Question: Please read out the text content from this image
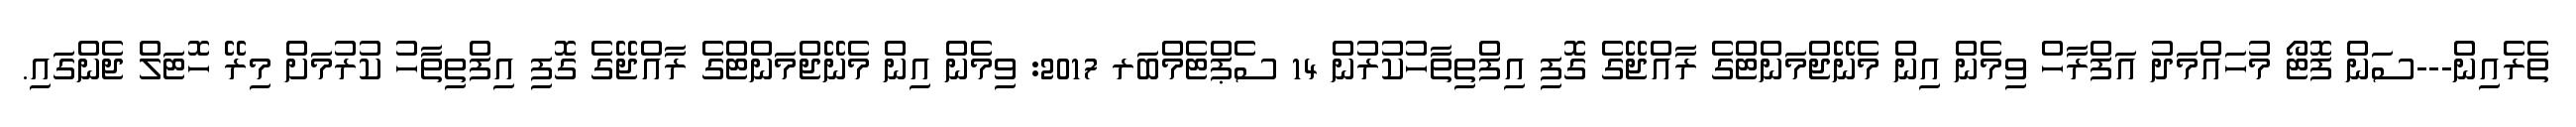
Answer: ތެރެއިން---ސަން ފޮޓޯ މުހައްމަދު އަފްރާހް ވިމެން އިން މެނޭޖްމަންޓްގެ ރާއްޖޭގެ ގޮފި އިފްތިތާހުކުރުން 14 ސެޕްޓެމްބަރ 2017: ވިމެން އިން މެނޭޖްމަންޓްގެ ރާއްޖޭގެ ގޮފި އިފްތިތާހު ކުރުމަށް މިރޭ ހޮޓަލް ޖެންގައި.